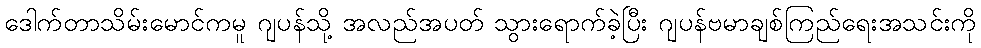
ဒေါက်တာသိမ်းမောင်ကမူ ဂျပန်သို့ အလည်အပတ် သွားရောက်ခဲ့ပြီး ဂျပန်ဗမာချစ်ကြည်ရေးအသင်းကို